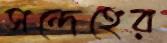
সন্দেহের